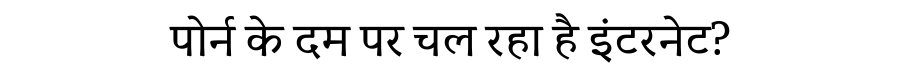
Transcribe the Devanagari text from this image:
पोर्न के दम पर चल रहा है इंटरनेट?